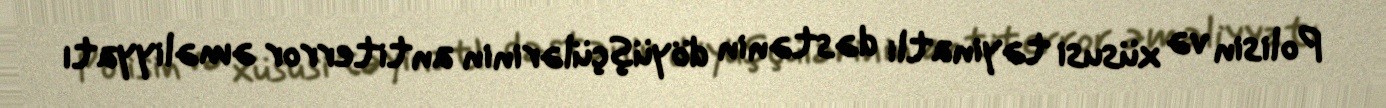
Polisin və xüsusi təyinatlı dəstənin döyüşçülərinin antiterror əməliyyatı